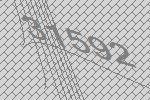
31592